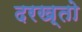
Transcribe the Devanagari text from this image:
दरख़्तो